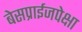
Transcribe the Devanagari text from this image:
बेसप्राईजपेक्षा